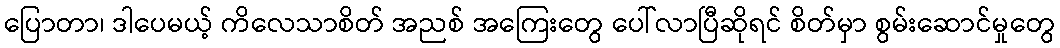
ပြောတာ၊ ဒါပေမယ့် ကိလေသာစိတ် အညစ် အကြေးတွေ ပေါ်လာပြီဆိုရင် စိတ်မှာ စွမ်းဆောင်မှုတွေ